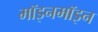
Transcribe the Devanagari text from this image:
मॉइनमॉइन